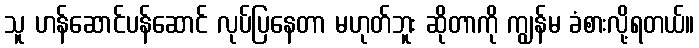
သူ ဟန်ဆောင်ပန်ဆောင် လုပ်ပြနေတာ မဟုတ်ဘူး ဆိုတာကို ကျွန်မ ခံစားလို့ရတယ်။